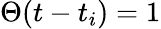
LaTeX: \Theta(t-t_{i})=1